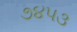
૭૪૫૩